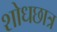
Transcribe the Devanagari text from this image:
शोधछात्र